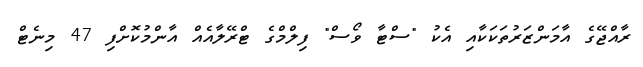
ރާއްޖޭގެ އާމަންޒަރުތަކަކާއި އެކު "ސްޓާ ވޯސް" ފިލްމްގެ ޓްރޭލާއެއް އާންމުކޮށްފި 47 މިނެޓް